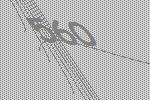
560